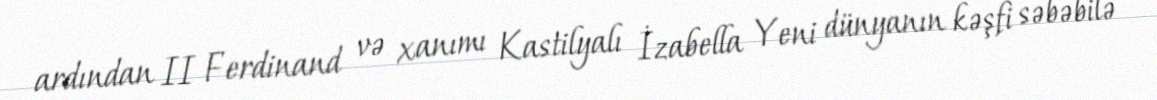
ardından II Ferdinand və xanımı Kastilyalı İzabella Yeni dünyanın kəşfi səbəbilə